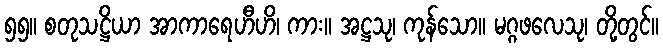
၅၅။ စတုသဋ္ဌိယာ အာကာရေဟီဟိ၊ ကား။ အဋ္ဌသု၊ ကုန်သော။ မဂ္ဂဖလေသု၊ တို့တွင်။